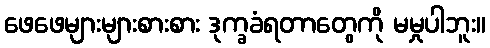
ဖေဖေများများစားစား ဒုက္ခခံရတာတွေကို မမှုပါဘူး။